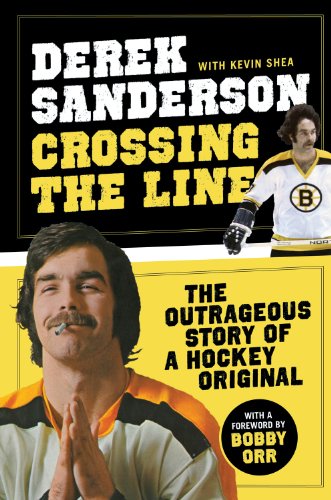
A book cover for Crossing the Line: The Outrageous Story of a Hockey Original; Derek Sanderson; Biographies & Memoirs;